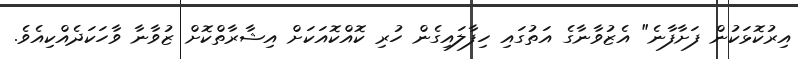
އިރުކޮޅަކުން ފަށާފާނެ" އެޒުވާނާގެ އަތުގައި ހިފާލައިގެން ހުރި ކޮއްކޮއަކަށް އިޝާރާތްކޮށް ޒުވާނާ ވާހަކަދެއްކިއެވެ.